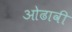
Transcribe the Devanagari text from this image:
ओढावी